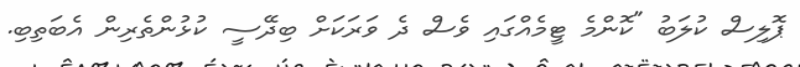
ޕޮލިސް ކުލަބު "ކޮންމެ ޓީމެއްގައި ވެސް ދެ ވަރަކަށް ބިދޭސީ ކުޅުންތެރިން އެބަތިބި.